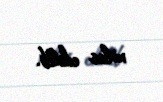
xilas edilib.